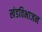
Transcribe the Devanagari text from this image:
खंडविभाजन